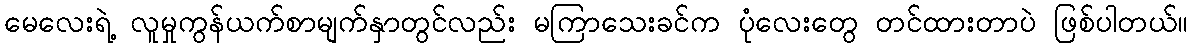
မေလေးရဲ့ လူမှုကွန်ယက်စာမျက်နှာတွင်လည်း မကြာသေးခင်က ပုံလေးတွေ တင်ထားတာပဲ ဖြစ်ပါတယ်။